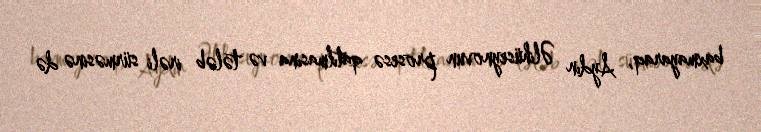
baxmayaraq, Aydın Əlihüseynovun prosesə qatılmasına və tələb irəli sürməsinə də